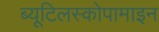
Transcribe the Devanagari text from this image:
ब्यूटिलस्कोपामाइन